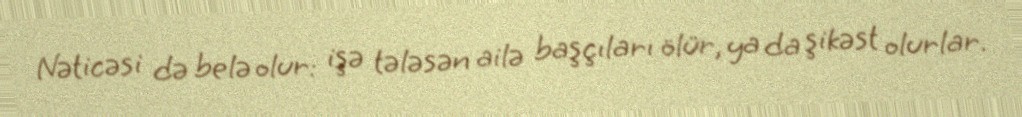
Nəticəsi də belə olur: işə tələsən ailə başçıları ölür, ya da şikəst olurlar.